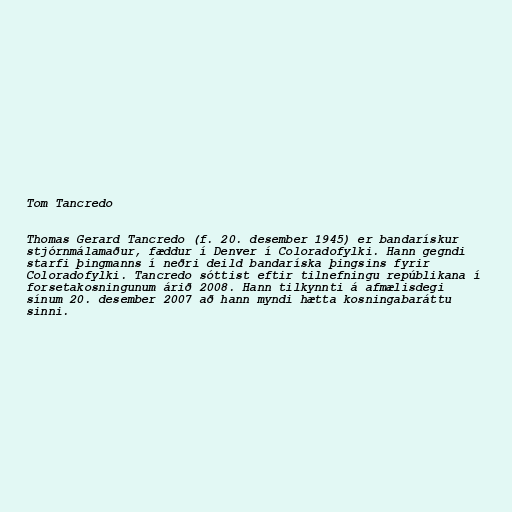
Tom Tancredo

Thomas Gerard Tancredo (f. 20. desember 1945) er bandarískur
stjórnmálamaður, fæddur í Denver í Coloradofylki. Hann gegndi
starfi þingmanns í neðri deild bandaríska þingsins fyrir
Coloradofylki. Tancredo sóttist eftir tilnefningu repúblikana í
forsetakosningunum árið 2008. Hann tilkynnti á afmælisdegi
sínum 20. desember 2007 að hann myndi hætta kosningabaráttu
sinni.